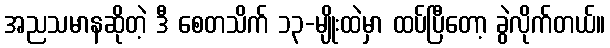
အညသမာနဆိုတဲ့ ဒီ စေတသိက် ၁၃-မျိုးထဲမှာ ထပ်ပြီတော့ ခွဲလိုက်တယ်။